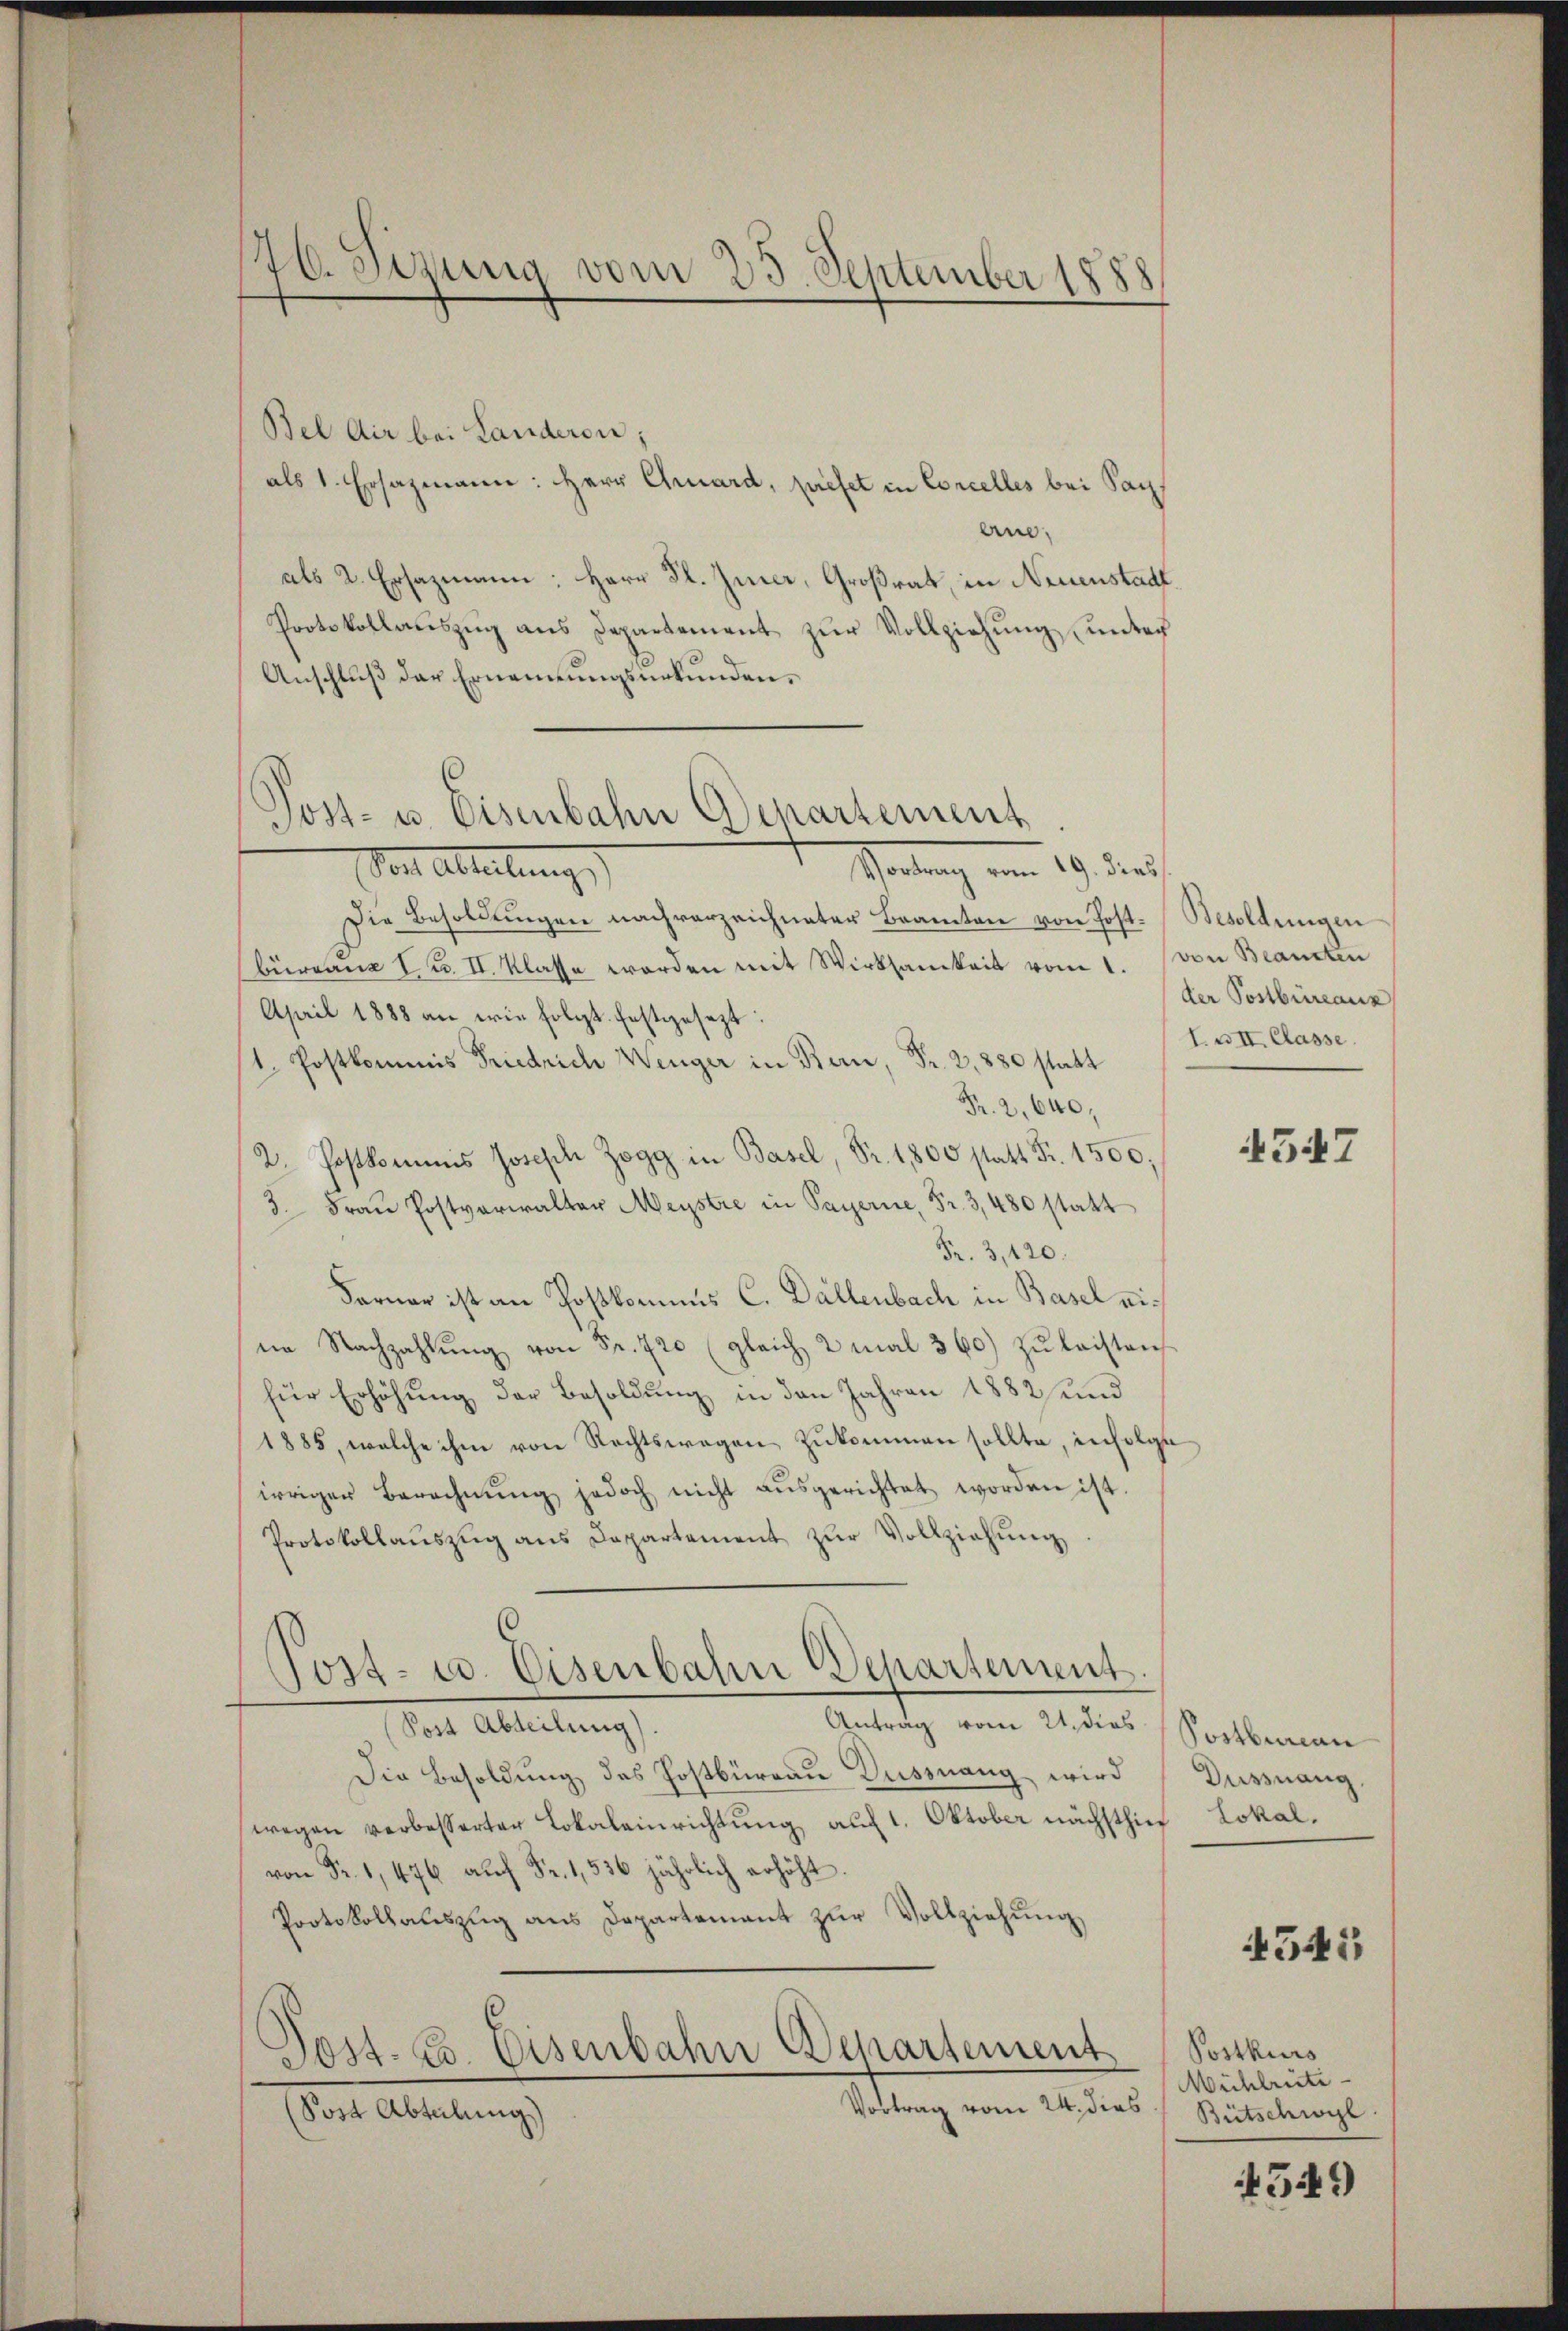
176. Sizung vom 25. September 1888

Bel dir bei Landeren;
als 1. Ersazmann: Herr Chard, prefet in Concelles bei Sach
ene,
als 2. Ersazmann: Herr Fl. Inner, Großrat, in Neuenstadt
Protokollauszug aus Departement zur Vollziehung unter
Anschluß der Ernennungsurkunden,
Theilung vom 19. dies
Vor Abteilung
Die Besoldungen nachverzeichneter Beamten von Post. Besoldungen
büreaus Nr. II. Klasse worden mit Wirksamkeit vom 1. von Brandten
April 1888 an wie folgt. festgesezt:
1. Postkommis Friedrich Wenger in Bern, Fr. 2, 880 statt
Fr. 2, 640,
2. Postkommis Joseph Zogg in Basel, Fr. 1800 statt Fr. 1500;
3. Fraŭ Postverwalter Meystre in Payerne, Fr. 3, 480 statt
Fr. 3, 120.
Farner ist an Postkommes C. Dallenbach in Basel eine Nachzahlŭng von Fr. 720 (gleich 2 mal 360) zŭ leisten
für Erhöhung der Besoldung in den Jahren 1882 und
1885, welche ihm von Rechtswegen zukommen sollte, infolge
irriger Berechnŭng jedoch nicht aŭsgerichtet worden ist.
Protokollaŭszŭg ans Capartement zŭr Vollziehung
Post- u. Eisenbahn Departement.
Antrag vom 21. dies
Post Abteilung).
Die Besoldung des Postbüreau Düssnang wird
wegen verbesserter Lokaleinrichtung auf 1. Oktober nächsthin Lokalvon Fr. 1,476 aŭf Fr. 1536 jährlich erhöht.
Protokollauszug aus Departement zŭr Vollziehŭng
Post. Zs. Eisenbahn Departement
Vortrag vom 24. dies
(Post Abteilung)

s

Post- u. Eisenbahn Departement

der Postbüreaux
I. II. Classe.

4547

Postbureau
Dussnang,

4545

Postkurs
Mühlrüte
Bütschwyl

549